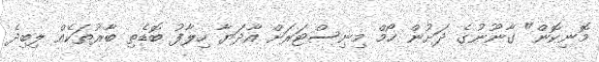
މޮނިކޮން" ގާނޫނުގެ ދަށުން ހޯމް މިނިސްޓަރަށް އާދަޔާ ހިލާފު ބޮޑެތި ބާރުތަކެއް ލިބިދެ